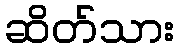
ဆိတ်သား